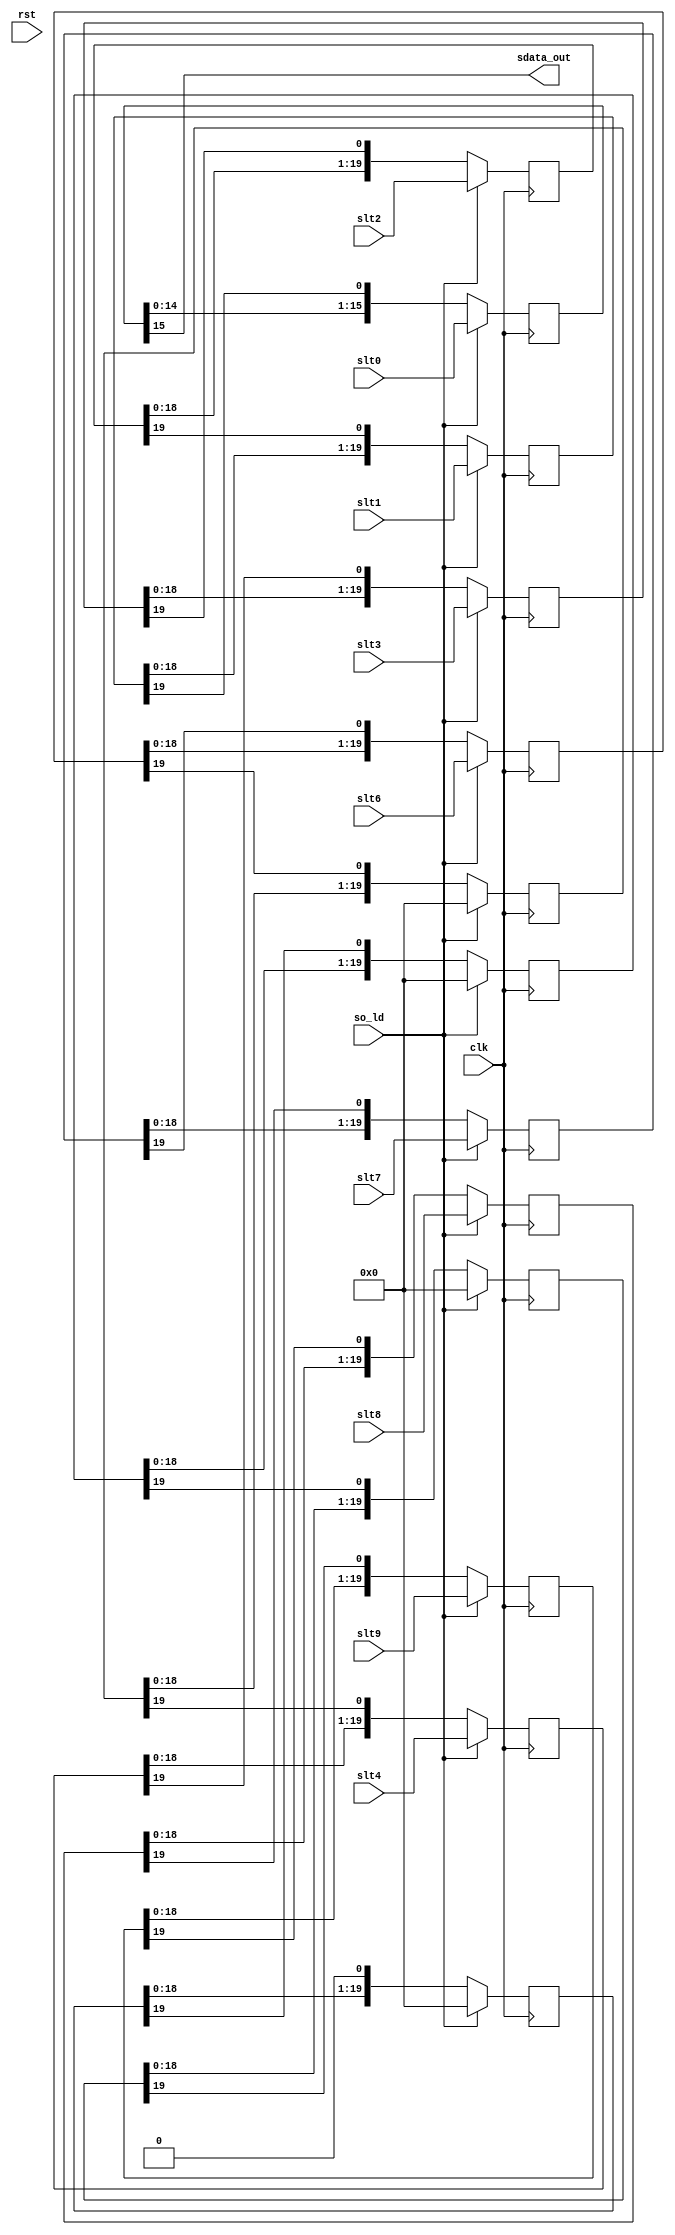
module ac97_sout(clk, rst,

	so_ld, slt0, slt1, slt2, slt3, slt4,
	slt6, slt7, slt8, slt9,

	sdata_out
	);

input		clk, rst;

// --------------------------------------
// Misc Signals
input		so_ld;
input	[15:0]	slt0;
input	[19:0]	slt1;
input	[19:0]	slt2;
input	[19:0]	slt3;
input	[19:0]	slt4;
input	[19:0]	slt6;
input	[19:0]	slt7;
input	[19:0]	slt8;
input	[19:0]	slt9;

// --------------------------------------
// AC97 Codec Interface
output		sdata_out;

////////////////////////////////////////////////////////////////////
//
// Local Wires
//

wire		sdata_out;

reg	[15:0]	slt0_r;
reg	[19:0]	slt1_r;
reg	[19:0]	slt2_r;
reg	[19:0]	slt3_r;
reg	[19:0]	slt4_r;
reg	[19:0]	slt5_r;
reg	[19:0]	slt6_r;
reg	[19:0]	slt7_r;
reg	[19:0]	slt8_r;
reg	[19:0]	slt9_r;
reg	[19:0]	slt10_r;
reg	[19:0]	slt11_r;
reg	[19:0]	slt12_r;

////////////////////////////////////////////////////////////////////
//
// Misc Logic
//

////////////////////////////////////////////////////////////////////
//
// Serial Shift Register
//

assign	sdata_out = slt0_r[15];

always @(posedge clk)
	if(so_ld)	slt0_r <= #1 slt0;
	else		slt0_r <= #1 {slt0_r[14:0], slt1_r[19]};

always @(posedge clk)
	if(so_ld)	slt1_r <= #1 slt1;
	else		slt1_r <= #1 {slt1_r[18:0], slt2_r[19]};

always @(posedge clk)
	if(so_ld)	slt2_r <= #1 slt2;
	else		slt2_r <= #1 {slt2_r[18:0], slt3_r[19]};

always @(posedge clk)
	if(so_ld)	slt3_r <= #1 slt3;
	else		slt3_r <= #1 {slt3_r[18:0], slt4_r[19]};

always @(posedge clk)
	if(so_ld)	slt4_r <= #1 slt4;
	else		slt4_r <= #1 {slt4_r[18:0], slt5_r[19]};

always @(posedge clk)
	if(so_ld)	slt5_r <= #1 20'h0;
	else		slt5_r <= #1 {slt5_r[18:0], slt6_r[19]};

always @(posedge clk)
	if(so_ld)	slt6_r <= #1 slt6;
	else		slt6_r <= #1 {slt6_r[18:0], slt7_r[19]};

always @(posedge clk)
	if(so_ld)	slt7_r <= #1 slt7;
	else		slt7_r <= #1 {slt7_r[18:0], slt8_r[19]};

always @(posedge clk)
	if(so_ld)	slt8_r <= #1 slt8;
	else		slt8_r <= #1 {slt8_r[18:0], slt9_r[19]};

always @(posedge clk)
	if(so_ld)	slt9_r <= #1 slt9;
	else		slt9_r <= #1 {slt9_r[18:0], slt10_r[19]};

always @(posedge clk)
	if(so_ld)	slt10_r <= #1 20'h0;
	else		slt10_r <= #1 {slt10_r[18:0], slt11_r[19]};

always @(posedge clk)
	if(so_ld)	slt11_r <= #1 20'h0;
	else		slt11_r <= #1 {slt11_r[18:0], slt12_r[19]};

always @(posedge clk)
	if(so_ld)	slt12_r <= #1 20'h0;
	else		slt12_r <= #1 {slt12_r[18:0], 1'b0 };

endmodule